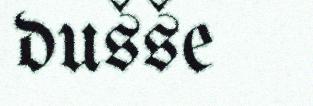
dušše